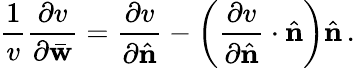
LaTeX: \frac{1}{v}\frac{\partial v}{\partial\bar{\mathbf w}}=\frac{\partial v}{\partial\hat{\mathbf n}}-\left(\frac{\partial v}{\partial\hat{\mathbf n}}\cdot\hat{\mathbf n}\right)\hat{\mathbf n}\, .